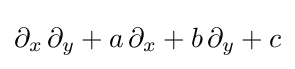
\partial _{x}\,\partial _{y}+a\,\partial _{x}+b\,\partial _{y}+c